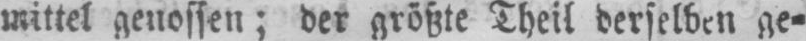
mittel genossen; der größte Theil derselben ge⸗